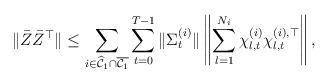
LaTeX: \begin{align*} \|\bar{Z}\bar{Z}^\top\| \leq \sum_{i \in \widehat{\mathcal{C}}_1 \cap \overline{\mathcal{C}_1} } \sum_{t=0}^{T-1} \|\Sigma^{(i)}_t\| \left\| \sum_{l=1}^{N_i}\chi^{(i)}_{l,t}\chi^{(i),\top}_{l,t} \right\|,\end{align*}